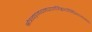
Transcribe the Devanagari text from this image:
श्रोत्रत्वङ्नयनघ्राणजिह्वाधीन्द्रियपञ्चकम्।